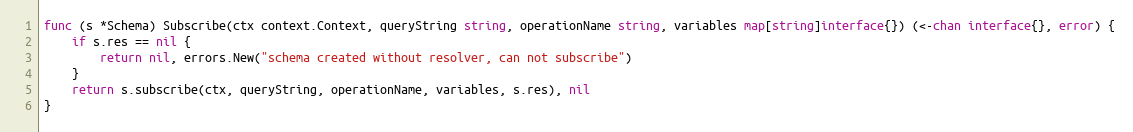
Language: Go
func (s *Schema) Subscribe(ctx context.Context, queryString string, operationName string, variables map[string]interface{}) (<-chan interface{}, error) {
	if s.res == nil {
		return nil, errors.New("schema created without resolver, can not subscribe")
	}
	return s.subscribe(ctx, queryString, operationName, variables, s.res), nil
}